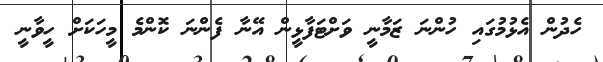
ހެދުން އެޅުމުގައި ހުންނަ ޒަމާނީ ވަށްޓަފާޅީން އޭނާ ފެންނަ ކޮންމެ މީހަކަށް ހީވާނީ